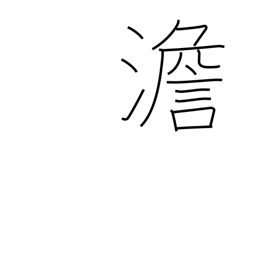
Meaning: bland